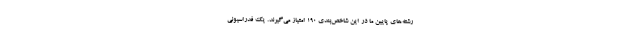
رشته‌های پایین ما در این شاخص‌بندی 190 امتیاز می‌گیرند. یک فدراسیونی